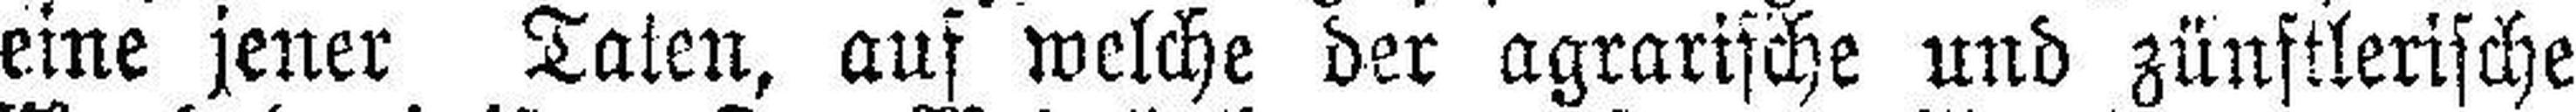
eine jener Taten, auf welche der agrarische und zünftlerische